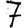
Digit: 7